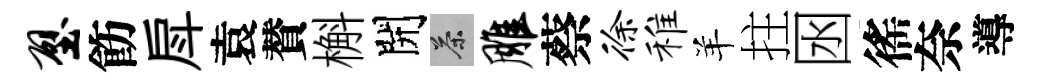
壁飭戽袁賛槲開茶雕蔡徐稚羊拄囦徭奈導